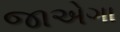
જાએગા